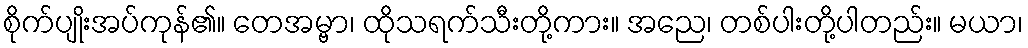
စိုက်ပျိုးအပ်ကုန်၏။ တေအမ္ဗာ၊ ထိုသရက်သီးတို့ကား။ အညေ၊ တစ်ပါးတို့ပါတည်း။ မယာ၊